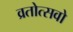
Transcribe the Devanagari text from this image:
व्रतोत्सवो